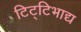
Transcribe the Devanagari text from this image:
टिट्‌टिभाद्य